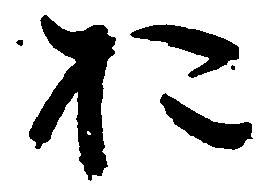
於